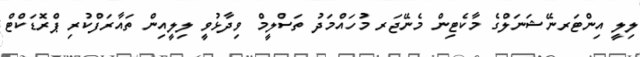
ލިލީ އިންޓަރނޭޝަނަލްގެ މާކެޓިން މެނޭޖަރ މުހައްމަދު ތަސްލީމް ވިދާޅުވީ ލިލީއިން ތައާރަފްކުރި ޕްރޮޑަކްޓް